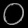
Digit: ၀